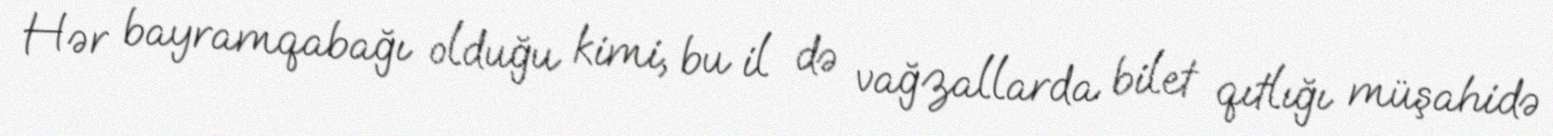
Hər bayramqabağı olduğu kimi, bu il də vağzallarda bilet qıtlığı müşahidə